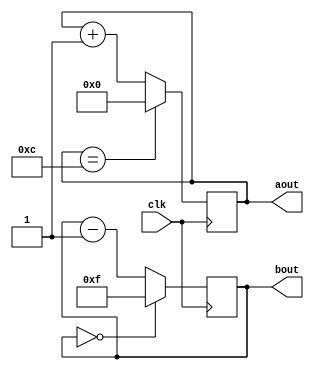
module counterab(
  input wire clk,
  output reg [3:0] aout,
  output reg [3:0] bout
);

  reg [3:0] counter_A;
  always @(posedge clk) begin
    if (counter_A == 4'b1100)
      counter_A <= 4'b0000;
    else
      counter_A <= counter_A + 1;
  end

  assign aout = counter_A;

  reg [3:0] counter_B;
  always @(posedge clk) begin
    if (counter_B == 4'b0000)
      counter_B <= 4'b1111;
    else
      counter_B <= counter_B - 1;
  end

  assign bout = counter_B;

  initial begin
    counter_A = 4'b0000;
    counter_B = 4'b1111;
  end

endmodule